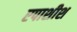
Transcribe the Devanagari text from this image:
एपाशीश